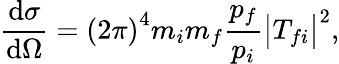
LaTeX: {\frac{\mathrm{d}\sigma}{\mathrm{d}\Omega}}=\left(2\pi\right)^{4}m_{i}m_{f}{\frac{p_{f}}{p_{i}}}{\bigl|}T_{fi}{\bigr|}^{2},